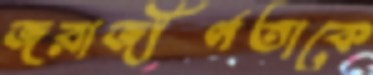
জরাজীর্ণতাকে